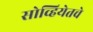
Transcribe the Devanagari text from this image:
सोव्हियेतचे